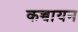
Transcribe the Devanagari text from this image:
कच्चायन